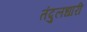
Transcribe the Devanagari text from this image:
तंदुलधारी